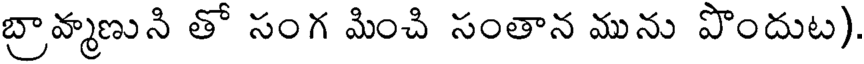
బ్రావ్మణుని తో సంగ మించి సంతాన మును పొందుట).